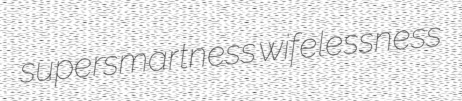
supersmartness wifelessness